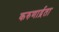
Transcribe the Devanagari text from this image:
करुणार्द्रता